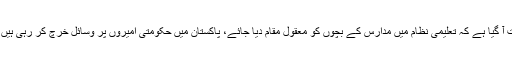
عمران خان نے کہا کہ مدارس کے 25لاکھ سے زائد بچے ریاستی وسائل پر حق رکھتے ہیں، وقت آ گیا ہے کہ تعلیمی نظام میں مدارس کے بچوں کو معقول مقام دیا جائے، پاکستان میں حکومتی امیروں پر وسائل خرچ کر رہی ہیں، غریب عوام اور ان کے بچوں کے بارے میں حکومتیں مجرمانہ طرز عمل کا اظہار کر رہی ہیں۔